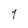
Character: 1